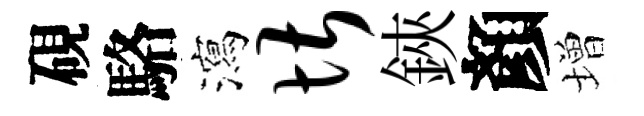
硯駱瀉堪鋏顏増